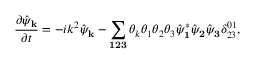
\frac { \partial \hat { \psi } _ { \bf k } } { \partial t } = - i k ^ { 2 } \hat { \psi } _ { \bf k } - \sum _ { \bf 1 2 3 } \theta _ { k } \theta _ { 1 } \theta _ { 2 } \theta _ { 3 } \hat { \psi } _ { \bf 1 } ^ { * } \hat { \psi } _ { \bf 2 } \hat { \psi } _ { \bf 3 } \delta _ { 2 3 } ^ { 0 1 } ,